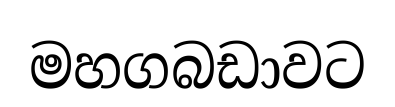
මහගබඩාවට